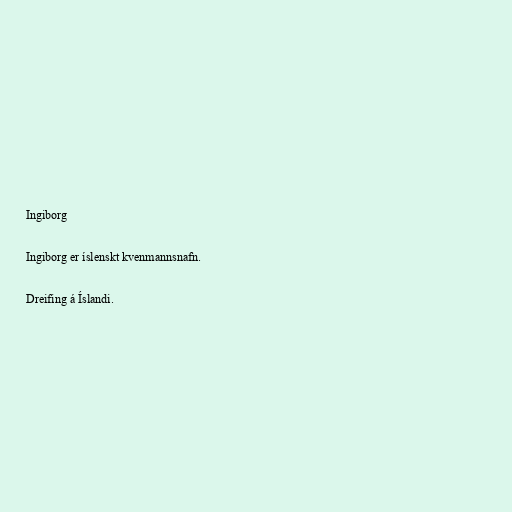
Ingiborg

Ingiborg er íslenskt kvenmannsnafn.

Dreifing á Íslandi.